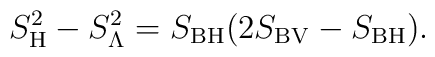
S_{\rm H}^2-S_{\rm \Lambda}^2=S_{\rm BH}(2S_{\rm BV}-S_{\rm  BH}).